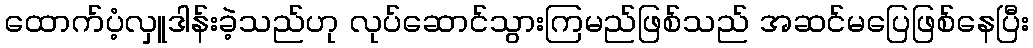
ထောက်ပံ့လှူဒါန်းခဲ့သည်ဟု လုပ်ဆောင်သွားကြမည်ဖြစ်သည် အဆင်မပြေဖြစ်နေပြီး